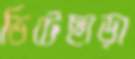
ভিটেছাড়া